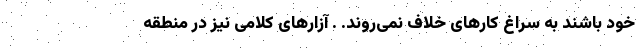
خود باشند به سراغ کارهای خلاف نمی‌روند. . آزارهای کلامی نیز در منطقه